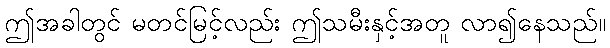
ဤအခါတွင် မတင်မြင့်လည်း ဤသမီးနှင့်အတူ လာ၍နေသည်။